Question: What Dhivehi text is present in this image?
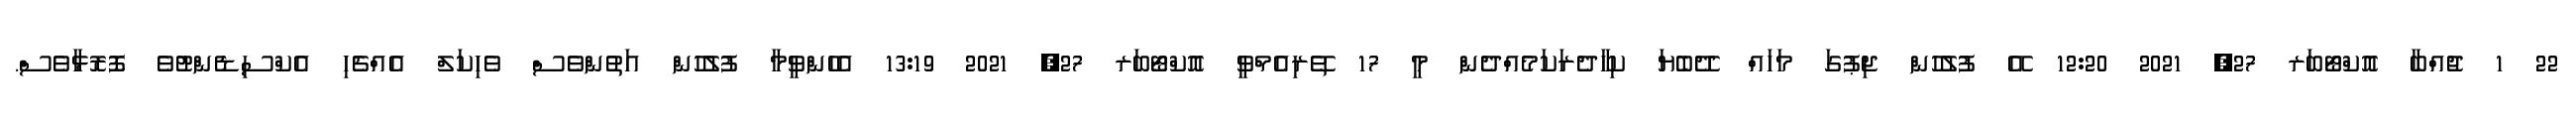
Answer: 22 1 ޖުއްބާ އޮކްޓޯބަރ 27, 2021 12:20 އޭ ފުލުހުން ޖިޕުގަ މަހައް ދޭބެޔަ ކިހާދެރަކަމެއްދެން މީ 17 ތޭރިއެމްވީ އޮކްޓޯބަރ 27, 2021 13:19 އެހެންވީމާ ފުލުހުން އަތުންވެސް ވެހިކަލް އެއްޗެހި އެކްސިޑެންޓުވެ ފޮރޮޅާވެސް.